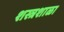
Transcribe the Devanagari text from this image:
शस्त्रशाळा